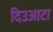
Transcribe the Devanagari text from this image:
दिउआटा